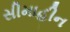
સીમાહીન